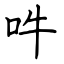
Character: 吽